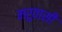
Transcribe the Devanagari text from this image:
मरुवासी